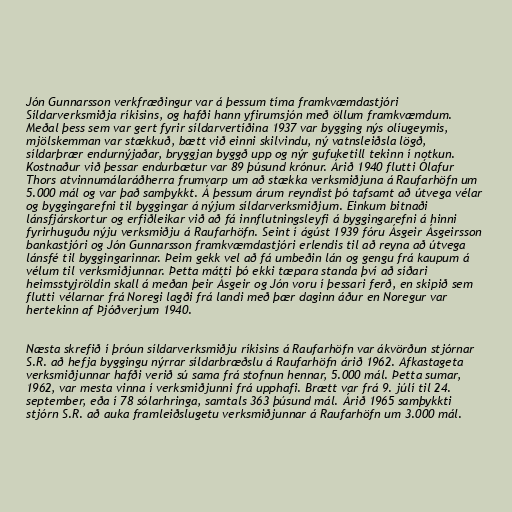
Jón Gunnarsson verkfræðingur var á þessum tíma framkvæmdastjóri
Síldarverksmiðja ríkisins, og hafði hann yfirumsjón með öllum framkvæmdum.
Meðal þess sem var gert fyrir síldarvertíðina 1937 var bygging nýs olíugeymis,
mjölskemman var stækkuð, bætt við einni skilvindu, ný vatnsleiðsla lögð,
síldarþrær endurnýjaðar, bryggjan byggð upp og nýr gufuketill tekinn í notkun.
Kostnaður við þessar endurbætur var 89 þúsund krónur. Árið 1940 flutti Ólafur
Thors atvinnumálaráðherra frumvarp um að stækka verksmiðjuna á Raufarhöfn um
5.000 mál og var það samþykkt. Á þessum árum reyndist þó tafsamt að útvega vélar
og byggingarefni til byggingar á nýjum síldarverksmiðjum. Einkum bitnaði
lánsfjárskortur og erfiðleikar við að fá innflutningsleyfi á byggingarefni á hinni
fyrirhuguðu nýju verksmiðju á Raufarhöfn. Seint í ágúst 1939 fóru Ásgeir Ásgeirsson
bankastjóri og Jón Gunnarsson framkvæmdastjóri erlendis til að reyna að útvega
lánsfé til byggingarinnar. Þeim gekk vel að fá umbeðin lán og gengu frá kaupum á
vélum til verksmiðjunnar. Þetta mátti þó ekki tæpara standa því að síðari
heimsstyjröldin skall á meðan þeir Ásgeir og Jón voru í þessari ferð, en skipið sem
flutti vélarnar frá Noregi lagði frá landi með þær daginn áður en Noregur var
hertekinn af Þjóðverjum 1940.

Næsta skrefið í þróun síldarverksmiðju ríkisins á Raufarhöfn var ákvörðun stjórnar
S.R. að hefja byggingu nýrrar síldarbræðslu á Raufarhöfn árið 1962. Afkastageta
verksmiðjunnar hafði verið sú sama frá stofnun hennar, 5.000 mál. Þetta sumar,
1962, var mesta vinna í verksmiðjunni frá upphafi. Brætt var frá 9. júlí til 24.
september, eða í 78 sólarhringa, samtals 363 þúsund mál. Árið 1965 samþykkti
stjórn S.R. að auka framleiðslugetu verksmiðjunnar á Raufarhöfn um 3.000 mál.